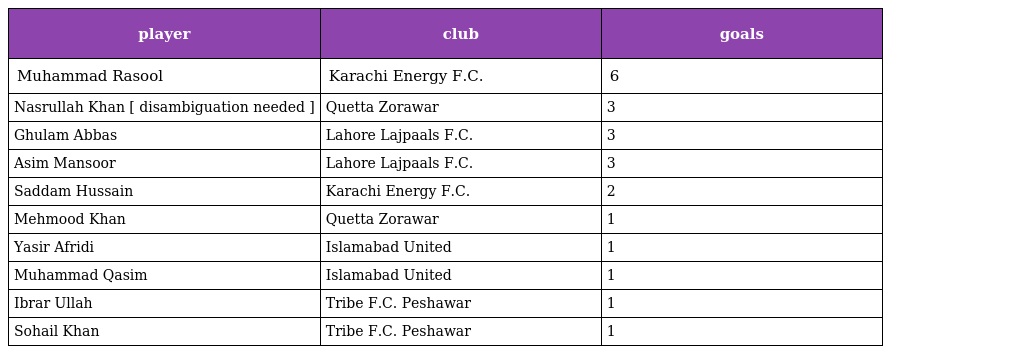
| player | club | goals |
 | --- | --- | --- |
 | Muhammad Rasool | Karachi Energy F.C. | 6 |
 | Nasrullah Khan [ disambiguation needed ] | Quetta Zorawar | 3 |
 | Ghulam Abbas | Lahore Lajpaals F.C. | 3 |
 | Asim Mansoor | Lahore Lajpaals F.C. | 3 |
 | Saddam Hussain | Karachi Energy F.C. | 2 |
 | Mehmood Khan | Quetta Zorawar | 1 |
 | Yasir Afridi | Islamabad United | 1 |
 | Muhammad Qasim | Islamabad United | 1 |
 | Ibrar Ullah | Tribe F.C. Peshawar | 1 |
 | Sohail Khan | Tribe F.C. Peshawar | 1 |